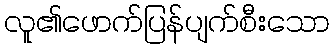
လူ၏ဖောက်ပြန်ပျက်စီးသော